Annual report on the lock hospitals of the Madras Presidency
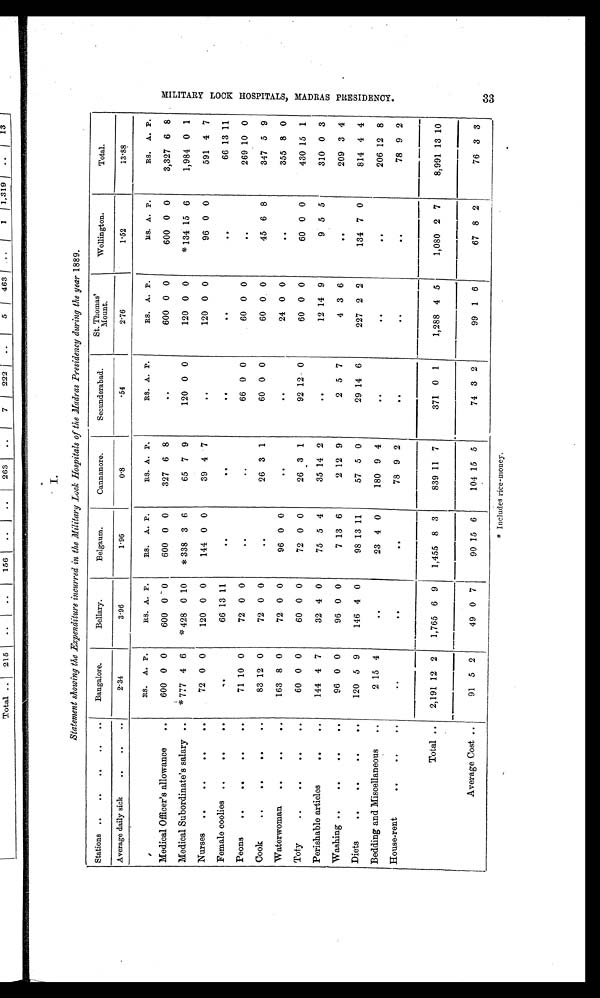
I.
Statement showing the Expenditure incurred in the Military Lock Hospitals of the Madras Presidency during the year 1889.
Stations ..
..
..
..
..
Bangalore.
Bellary.
Belgaum.
Cannanore.
Secunderabad.
St. Thomas'
Mount.
Wellington.
Total.
Average daily sick
..
..
..
2.34
3.96
1.96
0.8
.54
2.76
1.52
13.88
RS.
A. P.
RS. A. P.
RS.
A. P.
RS. A. P.
RS. A. P.
RS. A. P.
RS. A. P.
RS.
A. P.
Medical Officer's allowance
..
600 0 0
600 0 0
600 0 0
327 6 8
. .
600 0 0
600 0 0
3,327 6 8
Medical Subordinate's salary ..
*777 4 6
*428 0 10
* 338 3 6
65 7 9
120 0 0
120 0 0
*134 15 6
1,984 0 1
Nurses
..
..
..
..
72 0 0
120 0 0
144 0 0
39 4 7
..
120 0 0
96 0 0
591 4 7
Female coolies ..
..
..
..
66 13 11
. .
. .
. .
. .
. .
66 13 11
Peons
..
..
..
..
71 10 0
72 0 0
. .
..
66 0 0
60 0 0
. .
269 10 0
Cook
..
..
..
..
83 12 0
72 0 0
. .
26 3 1
60 0 0
60
0
45 6 8
347 5 9
Waterwoman
..
..
..
163 8 0
72 0 0
96 0 0
. .
. .
24 0 0
. .
355 8 0
Toty
..
. .
..
..
60 0 0
60 0 0
72 0 0
26 3 1
92 12 0
60 0 0
60 0 0
430 15 1
Perishable articles
..
..
144 4 7
32 4 0
75 5 4
35 14 2
. .
12 14 9
9 5 5
310 0 3
Washing ..
..
..
..
96 0 0
96 0 0
7 13 6
2 12 9
2 5 7
4 3 6
. .
209 3 4
Diets
..
..
..
..
120 5 9
146 4 0
98 13 11
57 5 0
29 14 6
227 2 2
134 7 0
814 4 4
Bedding and Miscellaneous
..
2 15 4
..
23 4 0
180 9 4
. .
. .
..
206 12 8
House-rent
. .
..
..
..
. .
. .
78 9 2
. .
. .
. .
78 9 2
Total ..
2,191 12 2
1,765 6 9
1,455 8 3
839 11 7
371 0 1
1,288 4 5
1,080 2
7
8,991 13
10
Average Cost ..
91
5 2
49 0 7
90 15 6
104 15 5
74 3 2
99 1 6
67 8 2
76 3 3
M I L I T A R Y L O C K H O S P I T A L S , M A D R A S P R E S I D E N C Y .
* Includes rice-money.